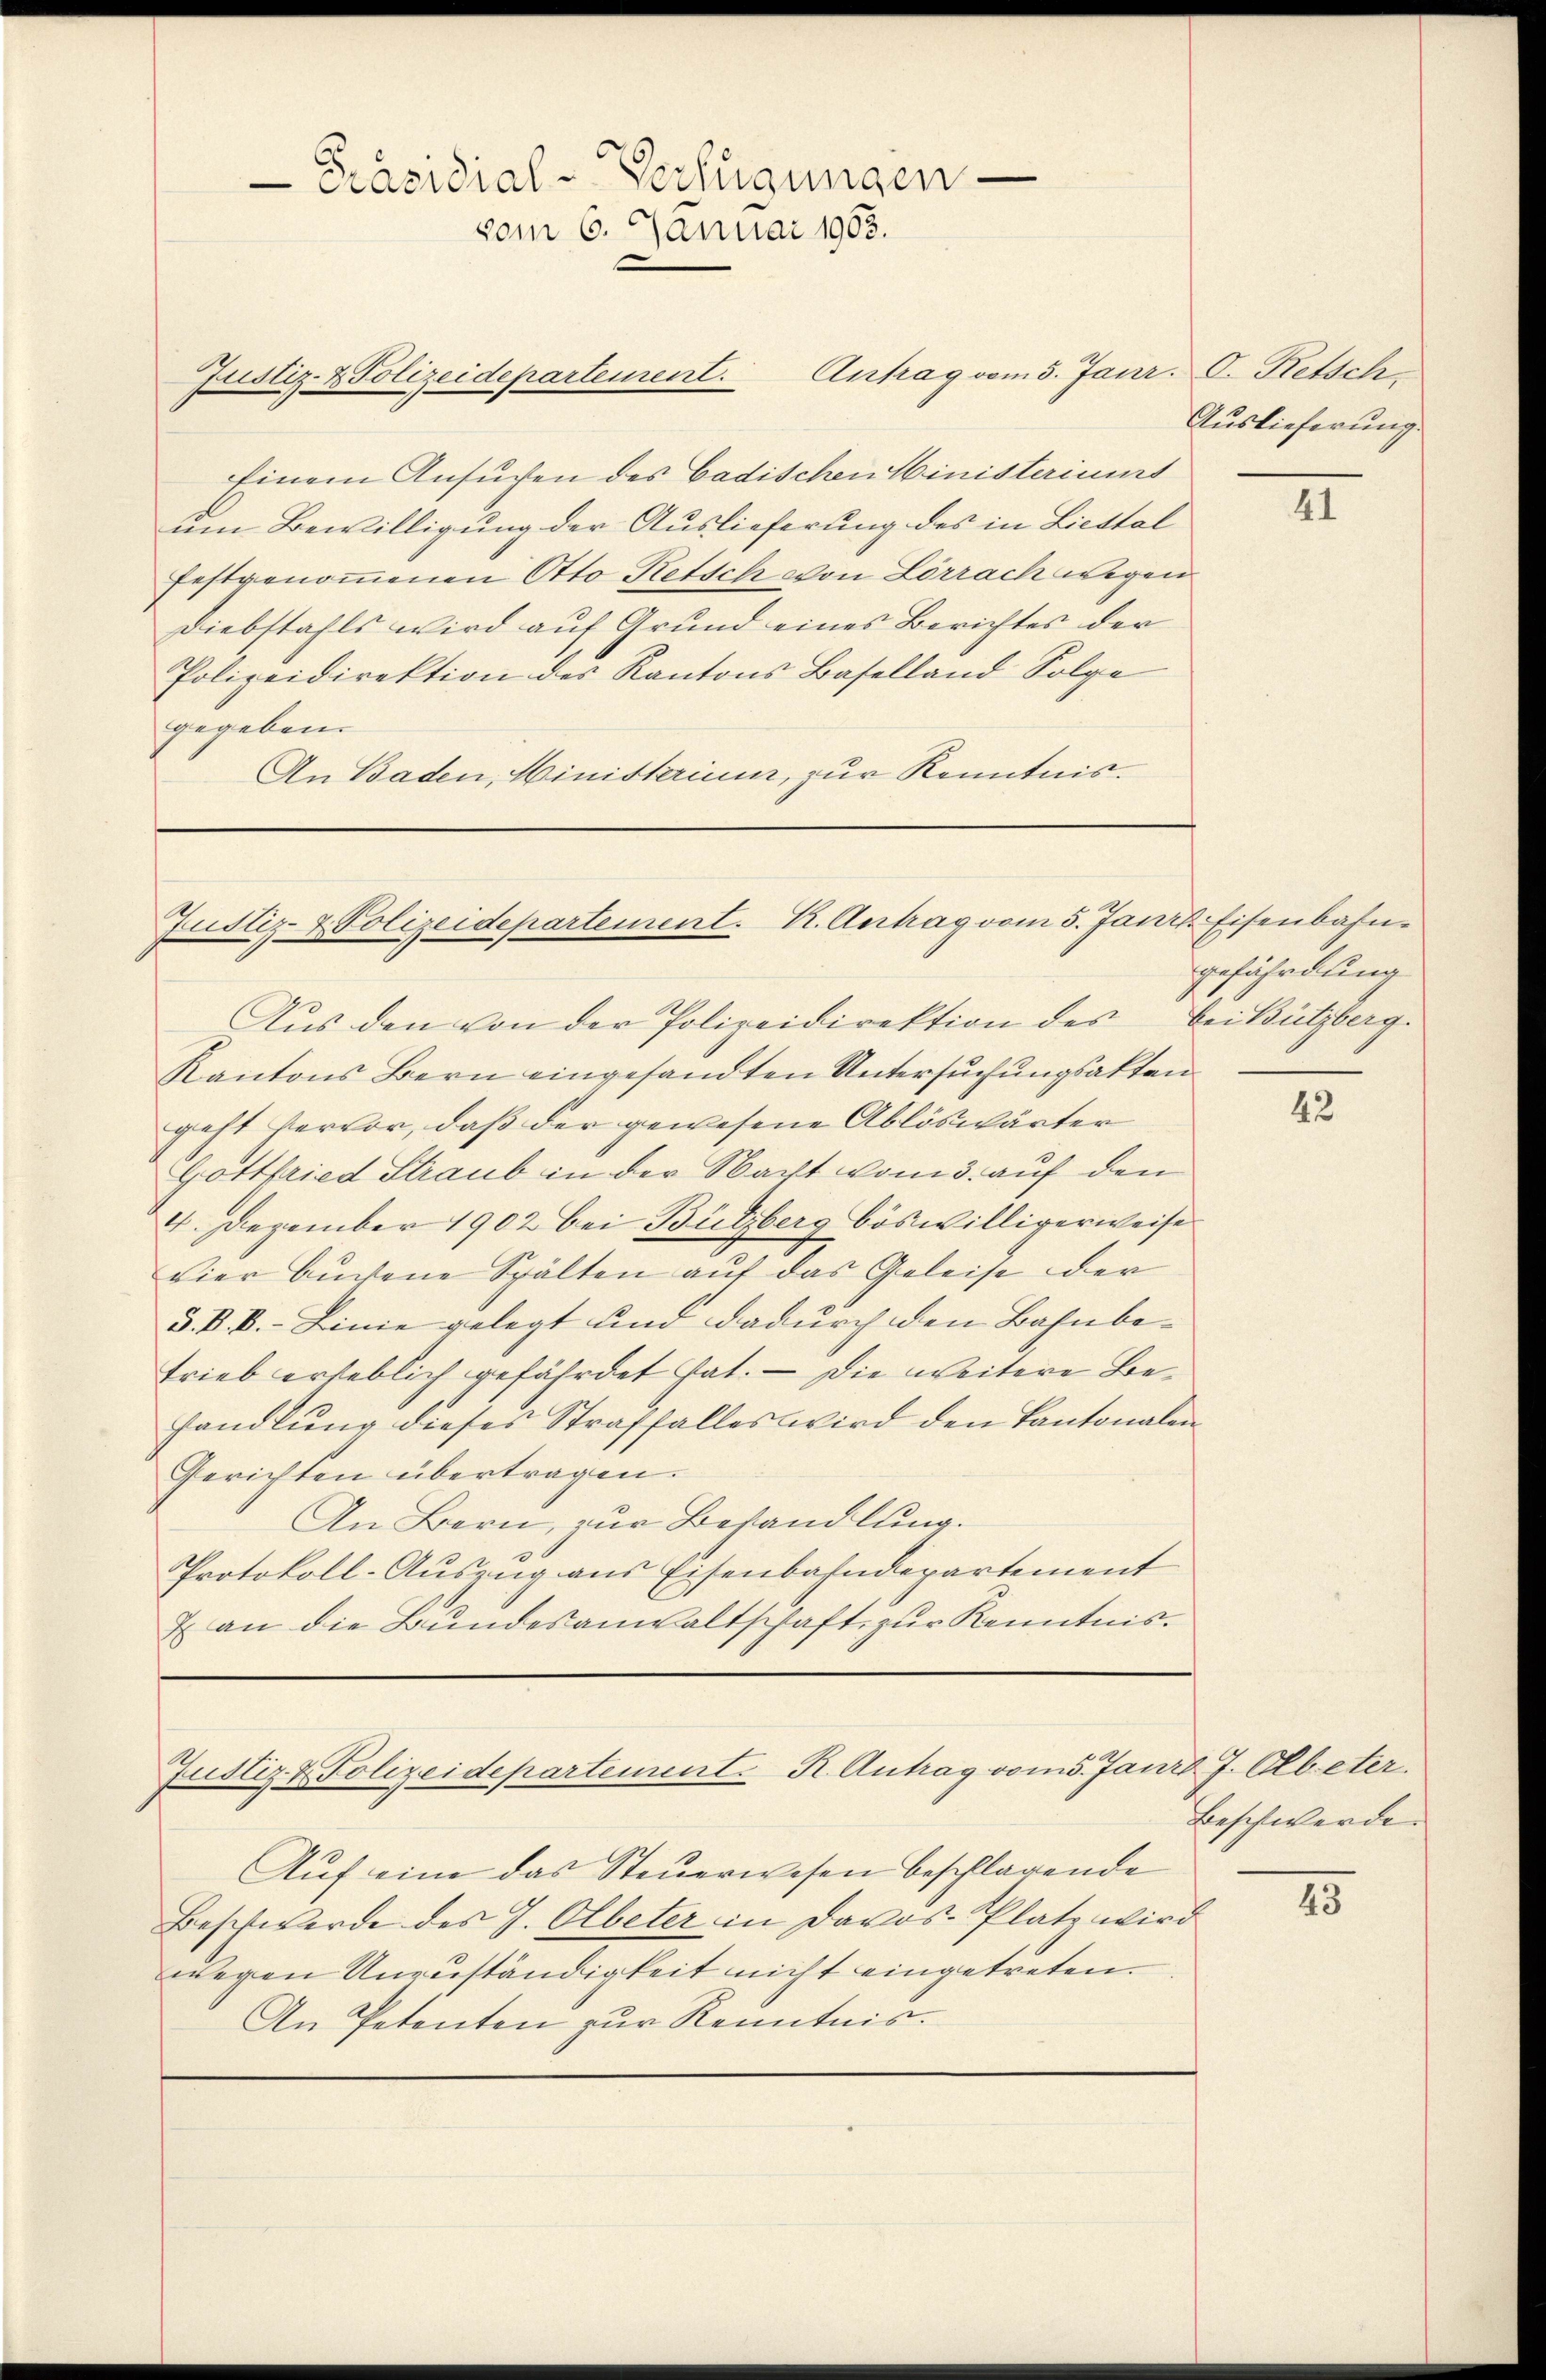
Einem Ansuchen des badischen Ministeriums
um Bewilligung der Auslieferung des in Liestal
festgenommenen Otto Retsch von Lörrach wegen
Diebstahls wird auf Grund eines Berichtes der
Polizeidirektion des Kantons Baselland Folge
gegeben.
An Baden, Ministerium, zur Kenntnis¬

Aus den von der Polizeidirektion des bei Bützberg.
Kantons Bern eingesandten Untersuchungsakten
geht vervor, daß der gewesene Ablöswärter
Gottfried Straub in der Nacht vom 3. auf den
4. Dezember 1902 bei Bützberg böswilligerweise
vier Bŭchene Spälten auf das Geleise der
§. k. k. Linie gelegt und dadurch den Bahnbetrieb erheblich gefährdet hat. — Die weitere Behandlung dieses Straffalles wird den Kantonalen
Gerichten übertragen.
An Bern, zur Behandlung.
Protokoll-Auszug aus Eisenbahndepartement
& an die Bundesanwaltschaft zur Kenntnis.

Präsidial-Verfügungen
vom 6. Januar 1903.

Justiz- & Polizeidepartement. Antrag vom 5. Janr. C. Retsch

Justiz- & Polizeidepartement. K. Antrag vom 5. Jan

Justiz & Polizeidepartement. R. Antrag vom 5. Janzt J. Olbeter.

Auslieferung

Aŭf eine das Steuerwesen beschlagende
Beschwerde des J. Olbeter in Davos- Platz wird
wegen Anzuständigkeit nicht eingetreten.
An Petenten zur Kenntnis.

41

2. Eisenbahn
gefährdung

42

Beschwerde.
43